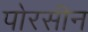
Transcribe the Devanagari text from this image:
पोरसीन